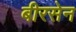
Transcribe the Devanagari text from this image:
बीरसेन